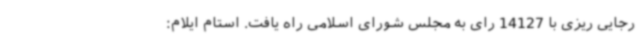
رجایی ریزی با 14127 رای به مجلس شورای اسلامی راه یافت. استام ایلام: